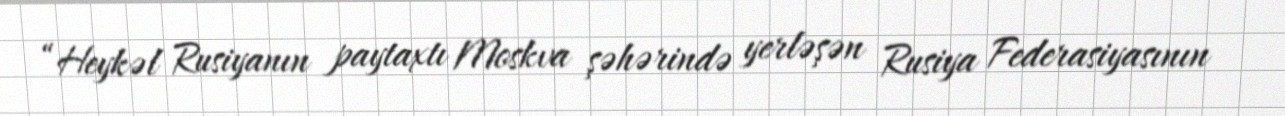
“Heykəl Rusiyanın paytaxtı Moskva şəhərində yerləşən Rusiya Federasiyasının